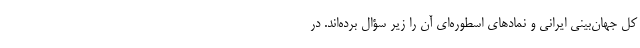
کل جهان‌بینی ایرانی و نمادهای اسطوره‌ای آن را زیر سؤال برده‌اند. در